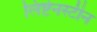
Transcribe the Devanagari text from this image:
लिष्टेनस्टीन